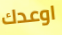
اوعدك